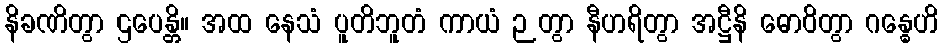
နိခဏိတွာ ဌပေန္တိ။ အထ နေသံ ပူတိဘူတံ ကာယံ ဉတွာ နီဟရိတွာ အဋ္ဌီနိ ဓောဝိတွာ ဂန္ဓေဟိ